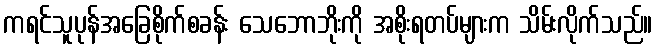
ကရင်သူပုန်အခြေစိုက်စခန်း သေဘောဘိုးကို အစိုးရတပ်များက သိမ်းလိုက်သည်။